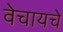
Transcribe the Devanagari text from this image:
वेचायचे